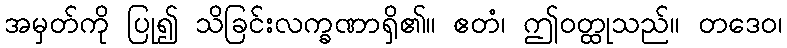
အမှတ်ကို ပြု၍ သိခြင်းလက္ခဏာရှိ၏။ ဧတံ၊ ဤဝတ္ထုသည်။ တဒေဝ၊